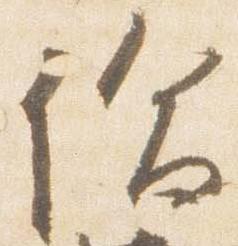
論